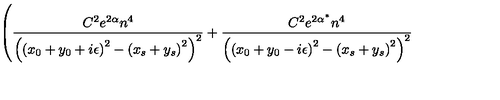
\left( \frac { C ^ { 2 } e ^ { 2 \alpha } n ^ { 4 } } { \left( \left( x _ { 0 } + y _ { 0 } + i \epsilon \right) ^ { 2 } - \left( x _ { s } + y _ { s } \right) ^ { 2 } \right) ^ { 2 } } + \frac { C ^ { 2 } e ^ { 2 \alpha ^ { * } } n ^ { 4 } } { \left( \left( x _ { 0 } + y _ { 0 } - i \epsilon \right) ^ { 2 } - \left( x _ { s } + y _ { s } \right) ^ { 2 } \right) ^ { 2 } } \right.